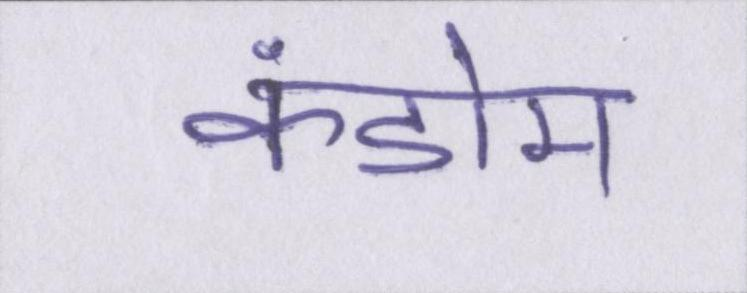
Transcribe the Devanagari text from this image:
कंडोम